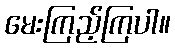
မေးကြည့်ကြပါ။